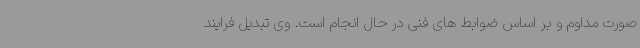
صورت مداوم و بر اساس ضوابط های فنی در حال انجام است. وی تبدیل فرایند